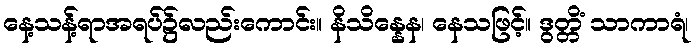
နေ့သန့်ရာအရပ်၌လည်းကောင်း။ နိသိန္နေန၊ နေသဖြင့်။ ဒွတ္တိံ သာကာရံ၊